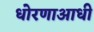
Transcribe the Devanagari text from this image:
धोरणाआधी